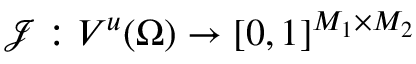
\boldsymbol { \mathcal { J } } : V ^ { u } ( \Omega ) \to [ 0 , 1 ] ^ { M _ { 1 } \times M _ { 2 } }